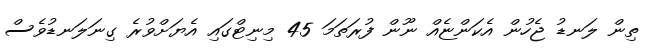
ތިން ލަނޑު ޖެހުން އެކަންޏެއް ނޫން ފުރަތަމަ 45 މިނިޓްގައި އެޔަށްވުރެ ގިނަލަނޑުވެސް